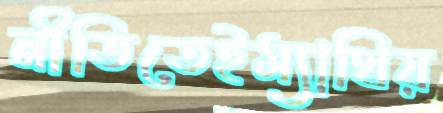
নীতিতেইম্যাথিয়